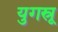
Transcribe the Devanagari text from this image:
युगस्रू